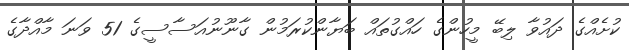
ކުށެއްގެ ދައުވާ ލިބޭ މީހުންގެ ހައްގުތައް ބަޔާންކުރަމުން ގާނޫނުއަސާސީގެ 51 ވަނަ މާއްދާގެ